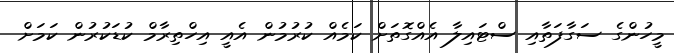
މީހުންގެ ސަގާފަތާއި ސްޓައިލާ އެއްގޮތަށް ކަމެއް ކުރުމުން އެއީ އިހްތިރާމް ކުޑަކުރުން ކަމަށް